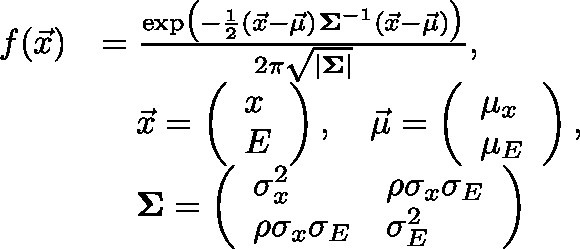
\begin{array} { r l } { f ( \vec { x } ) } & { = \frac { \exp \! \big ( - \frac { 1 } { 2 } ( \vec { x } - \vec { \mu } ) ^ { \intercal } \mathbf { \Sigma } ^ { - 1 } ( \vec { x } - \vec { \mu } ) \big ) } { 2 \pi \sqrt { | \mathbf { \Sigma } | } } , } \\ & { \quad \vec { x } = \left( \begin{array} { l } { x } \\ { E } \end{array} \right) , \quad \vec { \mu } = \left( \begin{array} { l } { \mu _ { x } } \\ { \mu _ { E } } \end{array} \right) , } \\ & { \quad \mathbf { \Sigma } = \left( \begin{array} { l l } { \sigma _ { x } ^ { 2 } } & { \rho \sigma _ { x } \sigma _ { E } } \\ { \rho \sigma _ { x } \sigma _ { E } } & { \sigma _ { E } ^ { 2 } } \end{array} \right) } \end{array}